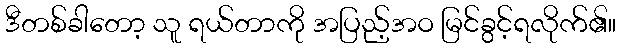
ဒီတစ်ခါတော့ သူ ရယ်တာကို အပြည့်အဝ မြင်ခွင့်ရလိုက်၏။